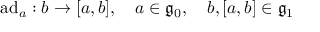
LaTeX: \mathrm { a d } _ { a } : b \rightarrow [ a , b ] , \quad a \in { \mathfrak { g } } _ { 0 } , \quad b , [ a , b ] \in { \mathfrak { g } } _ { 1 }